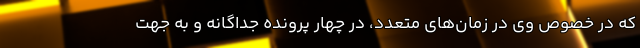
که در خصوص وی در زمان‌های متعدد، در چهار پرونده جداگانه و به جهت